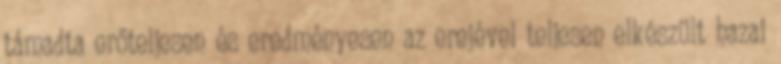
támadta erőteljesen és eredményesen az erejével teljesen elkészült hazai